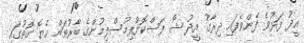
އީދު ފަޅުވެ ފެންވެފައި ދިރާގު އީދު ޝޯ ފަސްކޮށްފިމުސްލިމުންގެ ބާރުތައް ހެޔޮ ގޮތުގައި